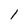
Character: 1